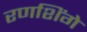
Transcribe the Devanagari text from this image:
रणशिंगे